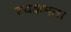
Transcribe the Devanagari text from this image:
स्वक्षमता